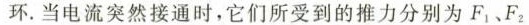
环。当电流突然接通时，它们所受到的推力分别为F^{1}、F^{2}